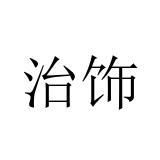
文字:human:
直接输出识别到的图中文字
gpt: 治饰